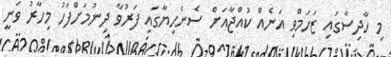
މި ހާދިސާގައި ޒަހަމްވި އަނެއް ކުއްޖާއަށް ސެނެހިޔާގައި ފަރުވާ ދިނުމަށްފަހު މިހާރު ވަނީ